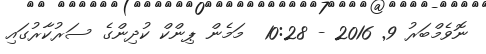
ނޮވެމްބަރު 9